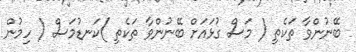
ބޭނުންވާ ތަކެތި ( މަސް ގުޅައަށް ބޭނުންވާ ތަކެތި )ކަނޑުމަސް ( ހިމުން